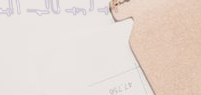
صيدلية الحياة   دوائكم بي